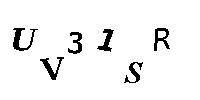
UV31SR